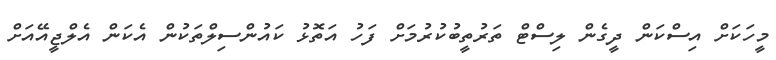
މީހަކަށް އިސްކަން ދީގެން ލިސްޓް ތަރުތީބުކުރުމަށް ފަހު އަތޮޅު ކައުންސިލްތަކުން އެކަން އެލްޖީއޭއަށް